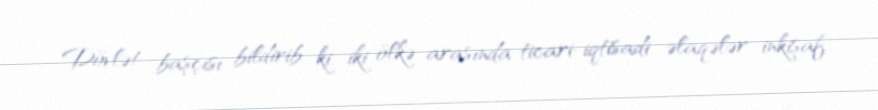
Dövlət başçısı bildirib ki, iki ölkə arasında ticari-iqtisadi əlaqələr inkişaf